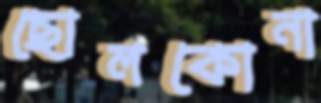
ছোলকোনা